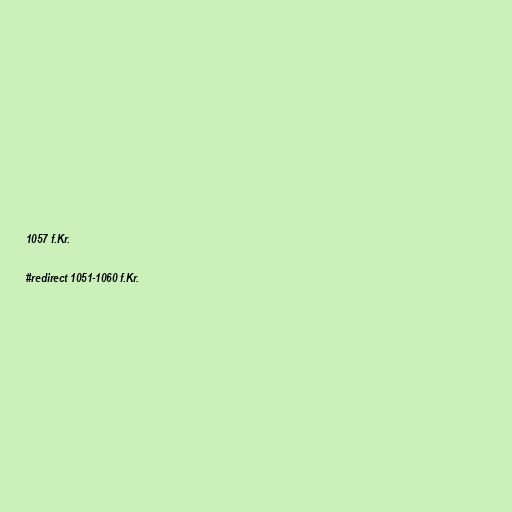
1057 f.Kr.

#redirect 1051-1060 f.Kr.